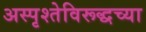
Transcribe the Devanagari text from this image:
अस्पृश्तेविरूद्धच्या